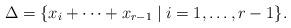
LaTeX: \begin{align*} \Delta = \{ x_i + \cdots + x_{r-1} \mid i = 1, \dotsc, r-1 \}. \end{align*}